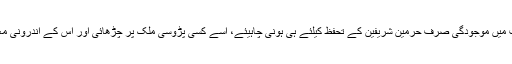
انہوں نے کہا کہ پاکستان آرمی کی سعودی عرب میں موجودگی صرف حرمین شریفین کے تحفظ کیلئے ہی ہونی چاہیئے، اسے کسی پڑوسی ملک پر چڑھائی اور اس کے اندرونی معاملات میں مداخلت کیلئے استعمال نہ کیا جائے۔